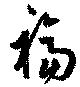
福